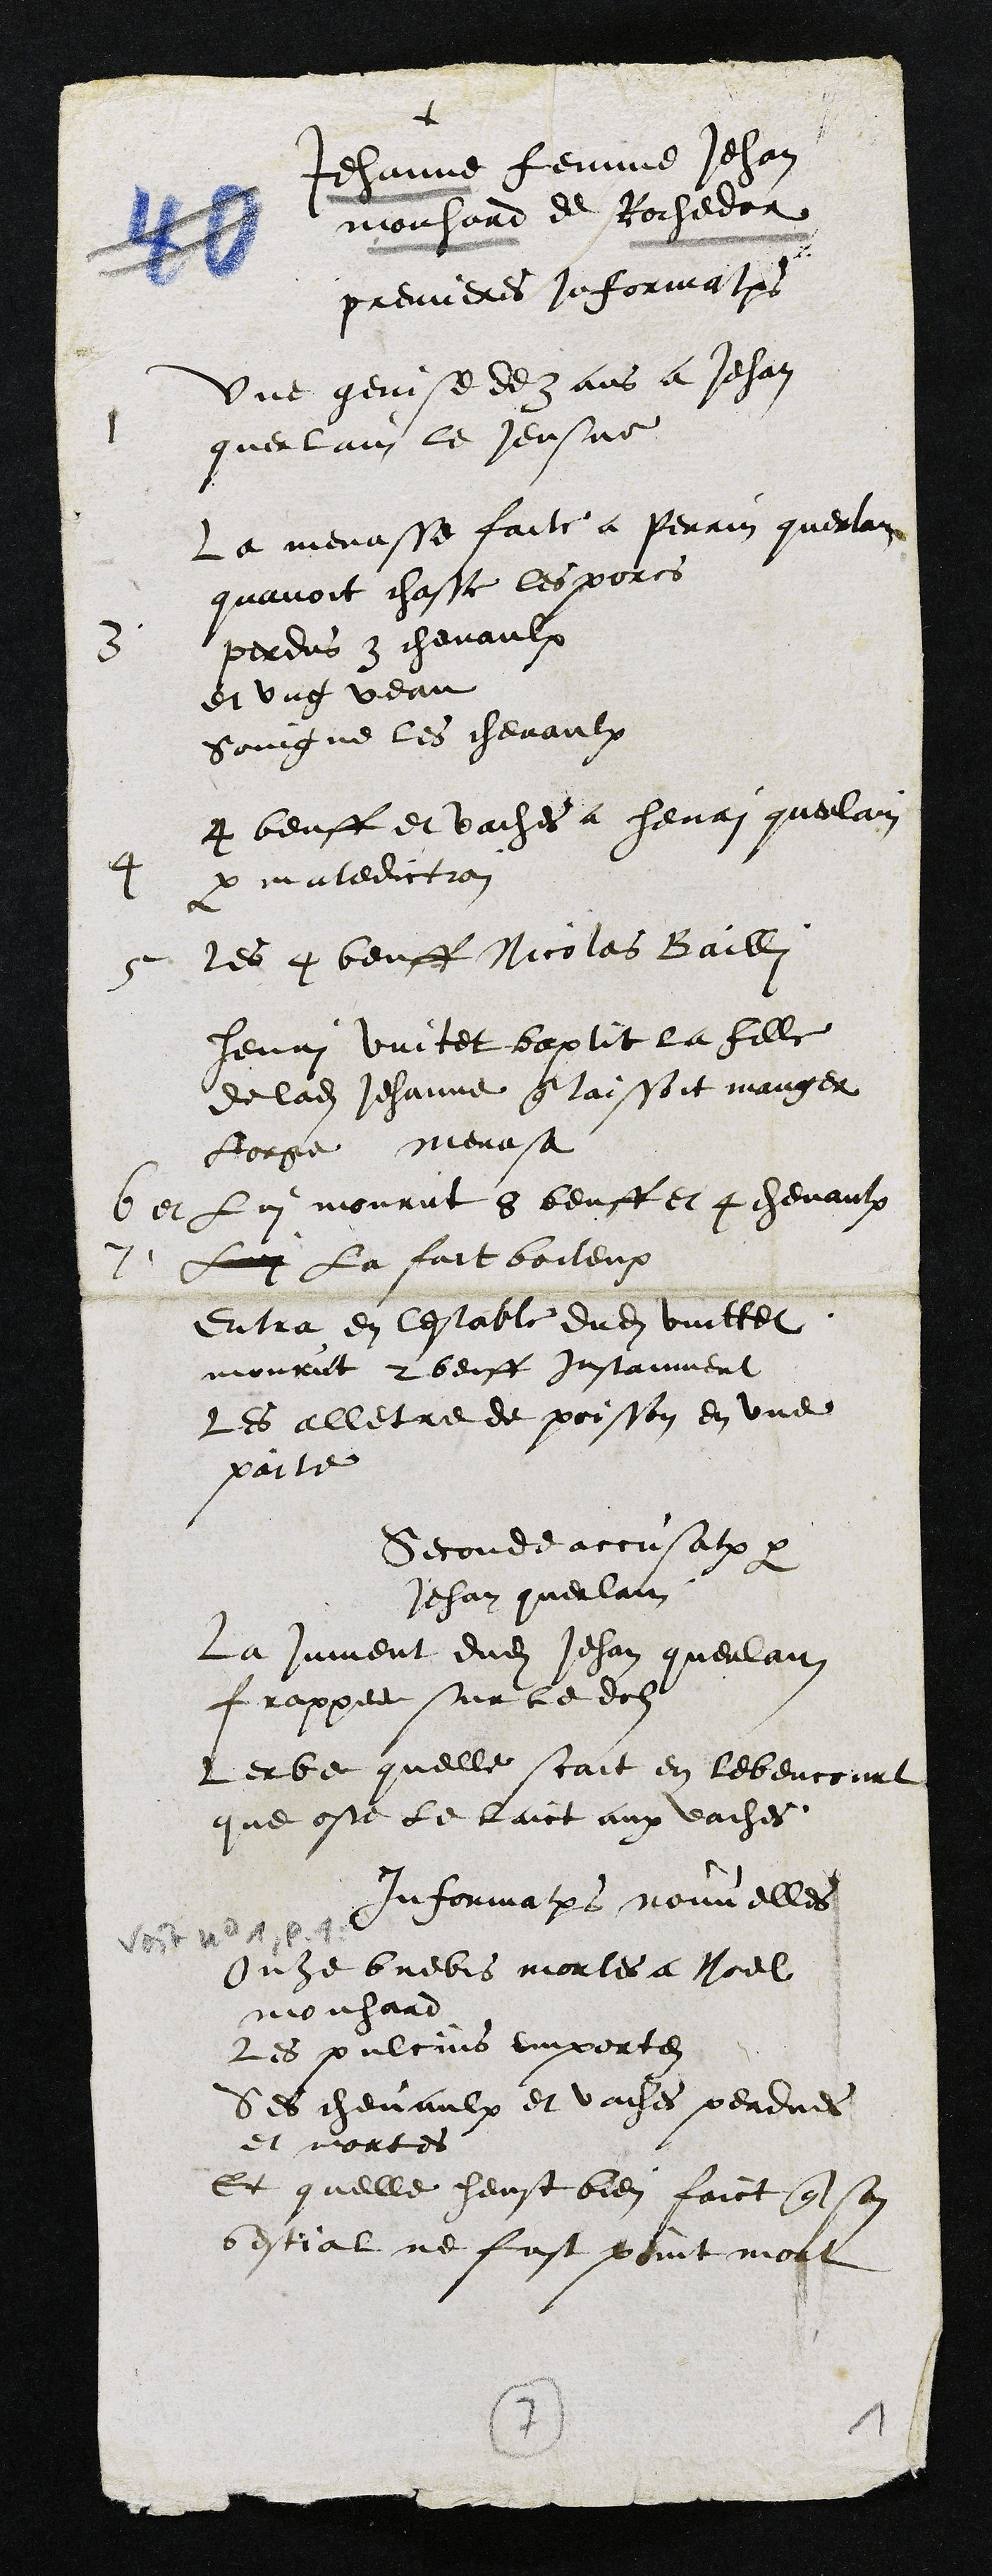
+
Jehanne femme Jehan
mouhard de Rochedor
premieres Informations
1
Une genise de 3 ans a Jehan
querlain le Jeusne
3
Le menasse faite a Perrin querlain
quavoit chasse les porcs
perdus 3 chevaulx
et ung veau
soingne les chevaulx
4
4 beuff et vaches a henri querlain
par malediction
5
les 4 beuff Nicolas Bailli
Henri Vuitet baptit la fille
de ladite Jehanne que laissoit manger
lorge menassa
6 et Lui mourut 8 beuff et 4 chevaulx
7 Lui la fait boiteux
Entra en lestable dudit Vuittet
mourut 2 beuff instamment
les alletre de poisson en une
paite
Seconde accusation par
Jehan querlain
La jument dudit Jehan querlain
frappee sur le dolz
Lherbe quelle scait en Lebencourt
que oste le laict aux vaches
Informations nouvelles
Onze brebis mortes a Noel
mouhard
les pulcins emportez
Ses chevaulx et vaches perdues
et mortes
Et quelle heust bien faict que son
bestial ne fust point mort